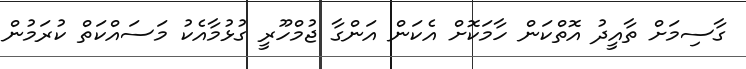
ގާސިމަށް ތާއީދު އޮތްކަން ހާމަކޮށް އެކަން އަންގާ ޖުމްހޫރީ ގުޅުމާއެކު މަސައްކަތް ކުރަމުން